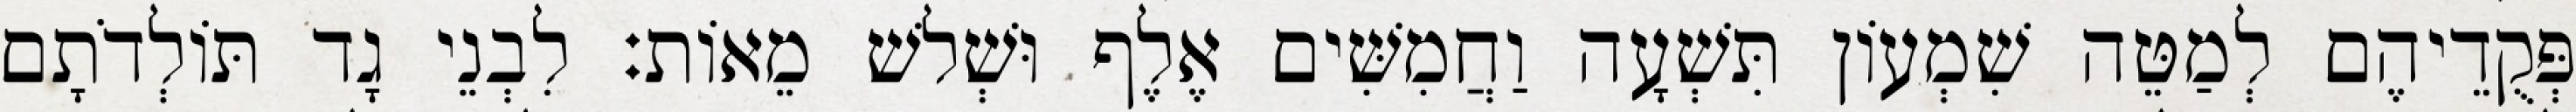
פְּקֻדֵיהֶם לְמַטֵּה שִׁמְעוֹן תִּשְׁעָה וַחֲמִשִּׁים אֶלֶף וּשְׁלשׁ מֵאוֹת׃ לִבְנֵי גָד תּוֹלְדֹתָם